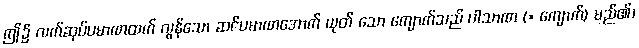
ဤ၌ လက်ဆုပ်ပမာဏထက် လွန်သော ဆင်ပမာဏအောက် ယုတ် သော ကျောက်သည် ပါသာဏ (= ကျောက်) မည်၏၊